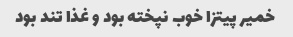
خمیر پیتزا خوب نپخته بود و غذا تند بود